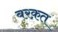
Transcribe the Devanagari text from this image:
बरक़त